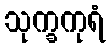
သုက္ခကုရံ